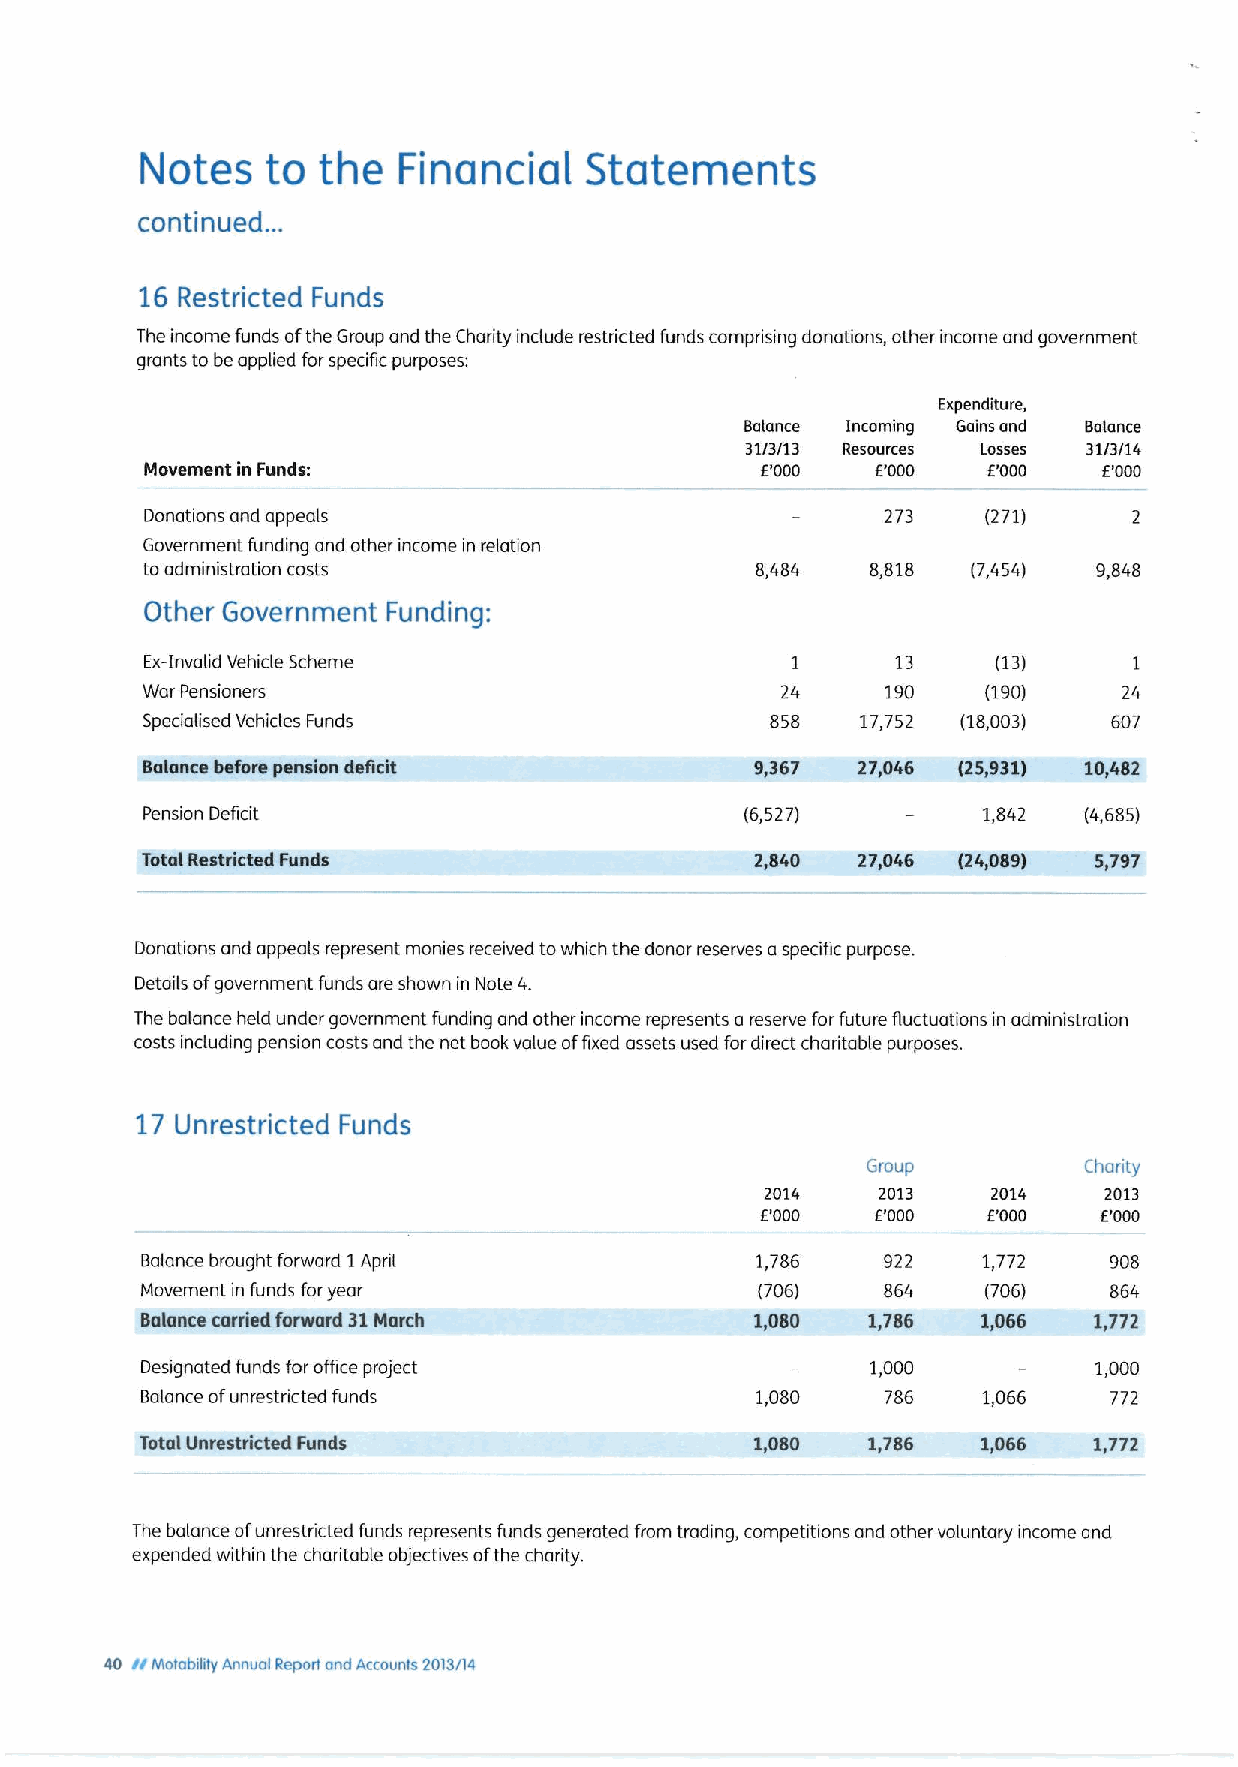
Notes    to the  Financial    Statements
 continued. ..
 16 Restricted Funds
 The income funds ofthe Group and the Charity include restricted funds comprising donations, other income and government
 grants to be applied forspecific purposes:
 Expenditure,
 Balance Incoming Gains and Balance
 31/3/13 Resources Losses 31/3/14
 Movement in Funds:                      E'000   f'000  f'000   E'000
 Donations and appeals                            273   (271)
 Government funding and other income in relation
 to administration costs                  8,484   8,818 (7,454)  9,848
 Other Government Funding:
 Ex-Invalid Vehicle Scheme                 1      13     (13)     1
 War Pensioners                             24     190   (190)    24
 Specialised Vehicles Funds                858   17,752 (18,003)  607
 Balonce before pension deficit           9,367  27,046 (25,951) 10,482
 Pension Deficit                         (6,527)         1,842  (4,685)
 Total Restricted Funds                   2,840  27+46 (24t089) 5,797
 Donations and appeals represent monies received towhich the donor reserves aspecific purpose.
 Details ofgovernment funds are shown in Note 4.
 The balance held under government funding and other income represents a reserve forfuture fluctuations in administration
 costs induding pension costs and the net book value offixed assets used fordirect charitable purposes.
 17 Unrestricted Funds
 Group          Chanty
 2014   2013    2014   2013
 f.'000  E'000  f.'000  E'000
 Balance brought forward I April          1,786   922    1,772   908
 Movement in funds foryear                (706)   864    (706)   864
 Balance carried forward 31March          1,080  1,786   1,066  1,772
 Designated funds for office project              1,000         1,000
 Balance ofunrestricted funds             1,080    786   1,066   772
 Total Unrestricted Funds                 1,080  1,786   1,066  1,772
 The balance ofunrestricted funds represents funds generated from trading, competitions and other voluntary income and
 expended within the charitable objectives ofthe charity.
 40 II Motatxtity Annual Report and Accounts 2013/14